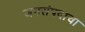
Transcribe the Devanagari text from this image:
जनसंपदाचा